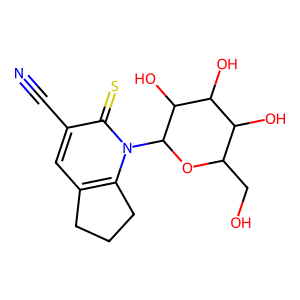
SMILES: N#Cc1cc2c(n(C3OC(CO)C(O)C(O)C3O)c1=S)CCC2
Inhibits HIV replication: No